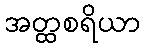
အတ္ထစရိယာ